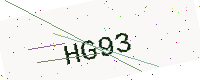
Text: HG93